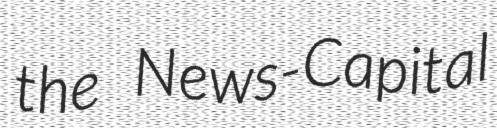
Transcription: the News-Capital